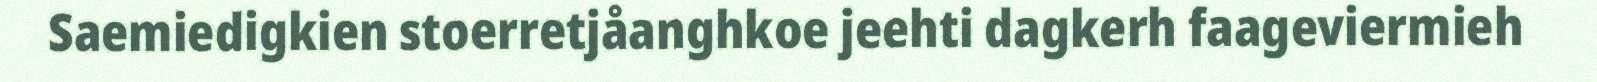
Saemiedigkien stoerretjåanghkoe jeehti dagkerh faageviermieh